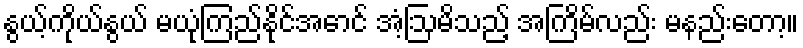
နွယ့်ကိုယ်နွယ် မယုံကြည်နိုင်အောင် အံ့ဩမိသည့် အကြိမ်လည်း မနည်းတော့။